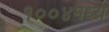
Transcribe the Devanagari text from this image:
१००४मध्ये